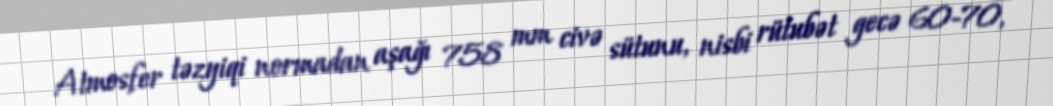
Atmosfer təzyiqi normadan aşağı 758 mm civə sütunu, nisbi rütubət gecə 60-70,